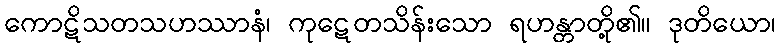
ကောဋိသတသဟဿာနံ၊ ကုဋေတသိန်းသော ရဟန္တာတို့၏။ ဒုတိယော၊